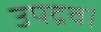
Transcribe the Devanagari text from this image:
उपद्रव।